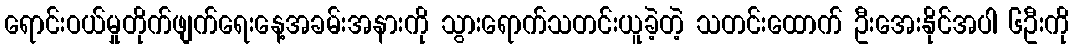
ရောင်းဝယ်မှုတိုက်ဖျက်ရေးနေ့အခမ်းအနားကို သွားရောက်သတင်းယူခဲ့တဲ့ သတင်းထောက် ဦးအေးနိုင်အပါ ၆ဦးကို